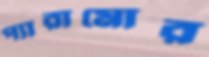
প্যারামোর